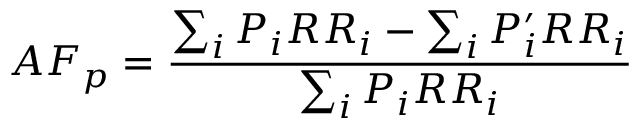
A F _ { p } = { \frac { \sum _ { i } P _ { i } R R _ { i } - \sum _ { i } P _ { i } ^ { \prime } R R _ { i } } { \sum _ { i } P _ { i } R R _ { i } } }